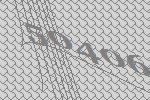
50406